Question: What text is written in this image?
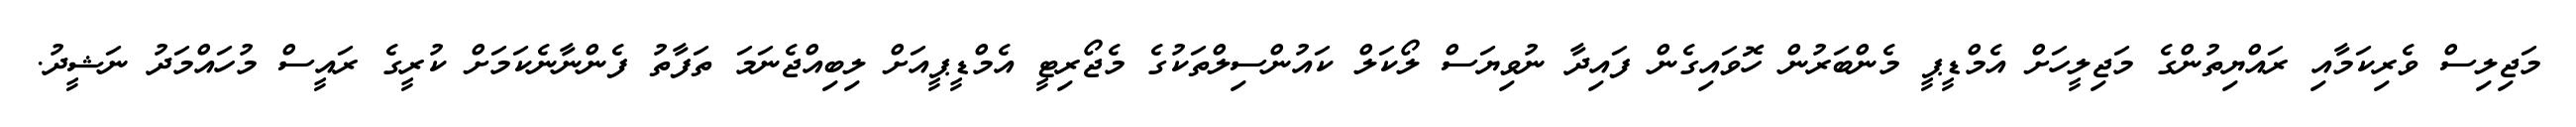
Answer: މަޖިލިސް ވެރިކަމާއި ރައްޔިތުންގެ މަޖިލީހަށް އެމްޑީޕީ މެންބަރުން ހޮވައިގެން ފައިދާ ނުވިޔަސް ލޯކަލް ކައުންސިލްތަކުގެ މެޖޯރިޓީ އެމްޑީޕީއަށް ލިބިއްޖެނަމަ ތަފާތު ފެންނާނެކަމަށް ކުރީގެ ރައީސް މުހައްމަދު ނަޝީދު.